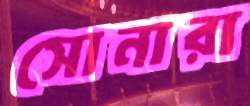
সোনারা